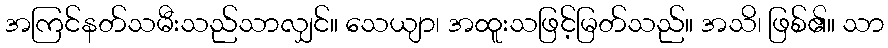
အကြင်နတ်သမီးသည်သာလျှင်။ သေယျာ၊ အထူးသဖြင့်မြတ်သည်။ အသိ၊ ဖြစ်၏။ သာ